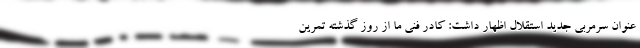
عنوان سرمربی جدید استقلال اظهار داشت: کادر فنی ما از روز گذشته تمرین